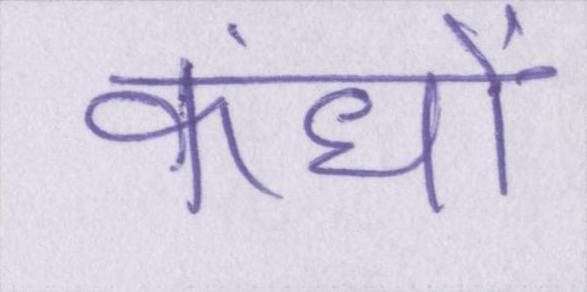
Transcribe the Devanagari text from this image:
कंधों